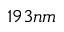
1 9 3 n m